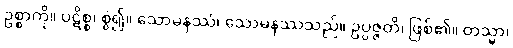
ဥစ္စာကို။ ပဋိစ္စ၊ စွဲ၍။ သောမနဿံ၊ သောမနဿသည်။ ဥပ္ပဇ္ဇတိ၊ ဖြစ်၏။ တသ္မာ၊